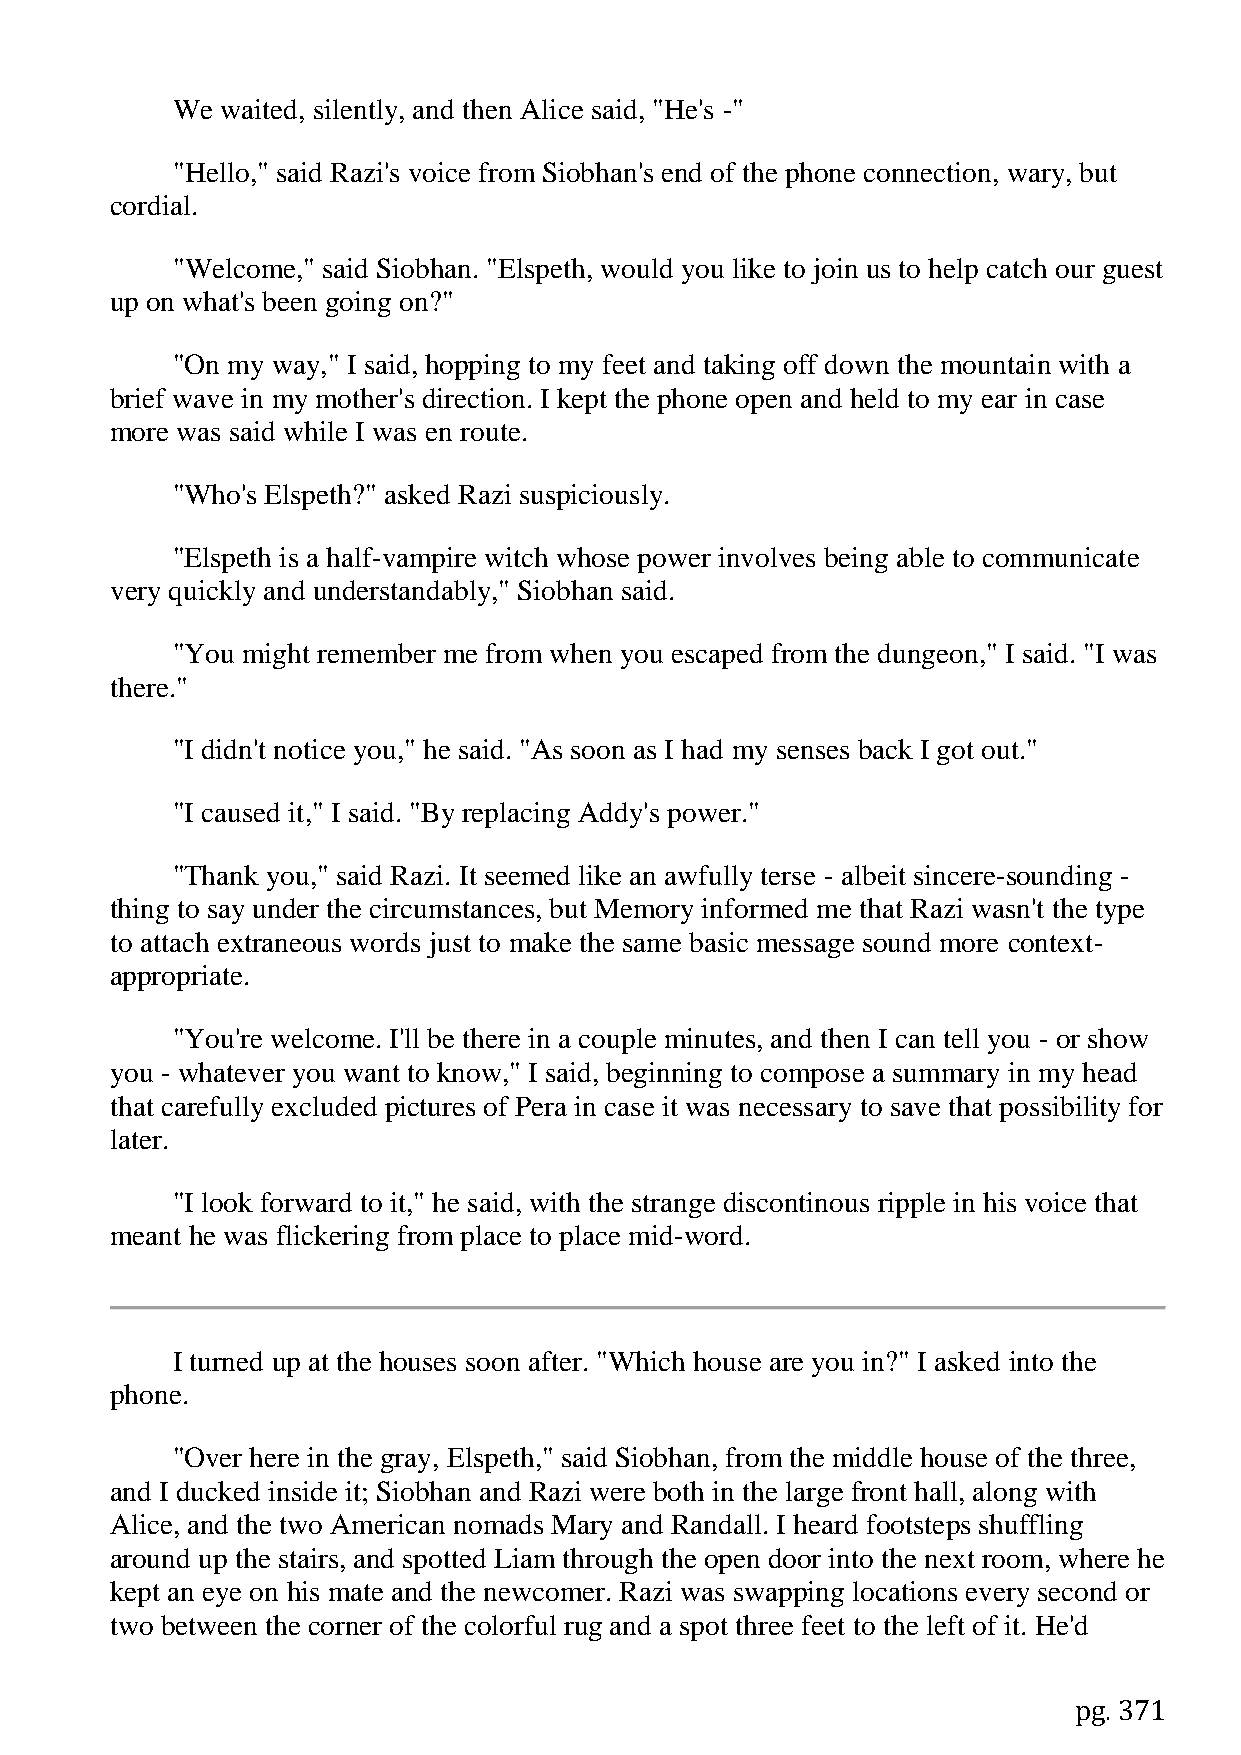
We  waited, silently, and then Alice said, "He's -"
 "Hello," said Razi's voice from Siobhan's end of the phone connection, wary, but
 cordial.
 "Welcome," said Siobhan. "Elspeth, would you like to join us to help catch our guest
 up on what's been going on?"
 "On my way," I said, hopping to my feet and taking off down the mountain with a
 brief wave in my mother's direction. I kept the phone open and held to my ear in case
 more was said while I was en route.
 "Who's Elspeth?" asked Razi suspiciously.
 "Elspeth is a half-vampire witch whose power involves being able to communicate
 very quickly and understandably," Siobhan said.
 "You might remember me from when you escaped from the dungeon," I said. "I was
 there."
 "I didn't notice you," he said. "As soon as I had my senses back I got out."
 "I caused it," I said. "By replacing Addy's power."
 "Thank you," said Razi. It seemed like an awfully terse - albeit sincere-sounding -
 thing to say under the circumstances, but Memory informed me that Razi wasn't the type
 to attach extraneous words just to make the same basic message sound more context-
 appropriate.
 "You're welcome. I'll be there in a couple minutes, and then I can tell you - or show
 you - whatever you want to know," I said, beginning to compose a summary in my head
 that carefully excluded pictures of Pera in case it was necessary to save that possibility for
 later.
 "I look forward to it," he said, with the strange discontinous ripple in his voice that
 meant he was flickering from place to place mid-word.
 I turned up at the houses soon after. "Which house are you in?" I asked into the
 phone.
 "Over here in the gray, Elspeth," said Siobhan, from the middle house of the three,
 and I ducked inside it; Siobhan and Razi were both in the large front hall, along with
 Alice, and the two American nomads Mary and Randall. I heard footsteps shuffling
 around up the stairs, and spotted Liam through the open door into the next room, where he
 kept an eye on his mate and the newcomer. Razi was swapping locations every second or
 two between the corner of the colorful rug and a spot three feet to the left of it. He'd
 pg. 371